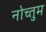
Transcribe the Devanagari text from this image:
नोच्तुम